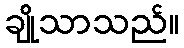
ချိုသာသည်။